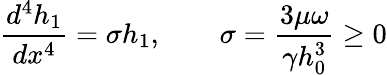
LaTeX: \frac{d^{4}h_{1}}{dx^{4}}=\sigma h_{1},\qquad\sigma=\frac{3\mu\omega}{\gamma h_{0}^{3}}\geq 0